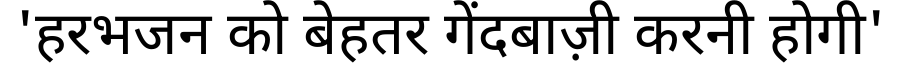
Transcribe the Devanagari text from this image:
'हरभजन को बेहतर गेंदबाज़ी करनी होगी'